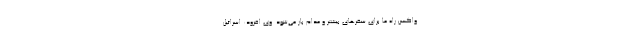
واکسن راه ما برای سفرهای بیشتر و مدام باز می‌شود. وی افزود: اسرائیل